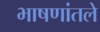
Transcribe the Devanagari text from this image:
भाषणांतले